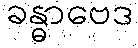
ခန္ဓာဗေဒ